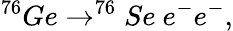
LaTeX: ^{76}Ge\to^{76}Se\ e^{-}e^{-},